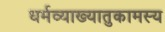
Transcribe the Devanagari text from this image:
धर्मव्याख्यातुकामस्य